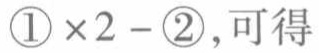
$\textcircled{1} \times 2 - \textcircled{2}，可得$